Anatomy and histology of ticks - Number 23
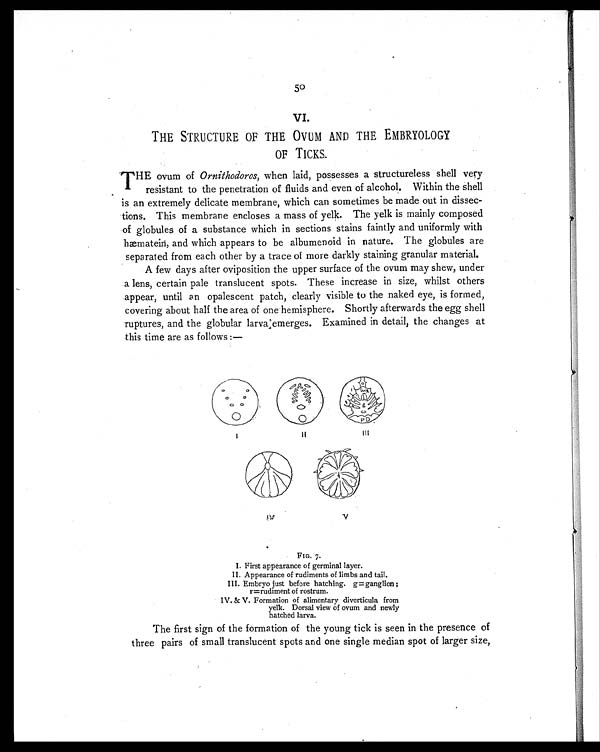
50
VI.
THE STRUCTURE OF THE OVUM AND THE EMBRYOLOGY
OF TICKS.
T HE ovum of Ornithodoros , when laid, possesses a structureless shell very
resistant to the penetration of fluids and even of alcohol. Within the shell
is an extremely delicate membrane, which can sometimes be made out in dissec-
tions. This membrane encloses a mass of yelk. The yelk is mainly composed
of globules of a substance which in sections stains faintly and uniformly with
hæmatein, and which appears to be albumenoid in nature. The globules are
separated from each other by a trace of more darkly staining granular material.
A few days after oviposition the upper surface of the ovum may shew, under
a lens, certain pale translucent spots. These increase in size, whilst others
appear, until an opalescent patch, clearly visible to the naked eye, is formed,
covering about half the area of one hemisphere. Shortly afterwards the egg shell
ruptures, and the globular larva emerges. Examined in detail, the changes at
this time are as follows :—
FIG. 7.
I. First appearance of germinal layer.
II. Appearance of rudiments of limbs and tail.
III. Embryo just before hatching. g= ganglion ;
r=rudiment of rostrum.
IV.& V. Formation of alimentary diverticula from
yelk. Dorsal view of ovum and newly
hatched larva.
The first sign of the formation of the young tick is seen in the presence of
three pairs of small translucent spots and one single median spot of larger size,